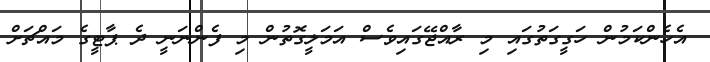
އެހެންކަމުން ހަގީގަތުގައި މި ރާއްޖޭގައިވެސް އަމަލީގޮތުން މި ފެންނަނީ ދެ ޕާޓީގެ މައްޗަށް